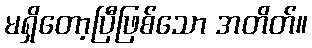
မရှိတော့ပြီဖြစ်သော အတိတ်။